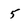
Character: 5